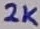
Text: 2K